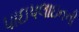
પાઇપલાઇનની